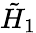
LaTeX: \tilde{H}_{1}